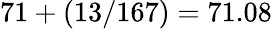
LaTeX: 71+(13/167)=71.08